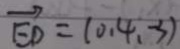
\overrightarrow { E D } = ( 0 . 4 , - 3 )